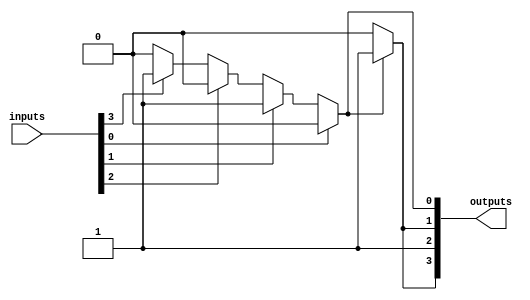
module priority_encoder_decoder (
    input [3:0] inputs,
    output [3:0] outputs
);

// Priority Encoder
assign outputs[0] = inputs[0] ? 1'b0 :
                     inputs[1] ? 1'b1 :
                     inputs[2] ? 1'b10 :
                     inputs[3] ? 1'b11 : 1'b0;
                     
// Decoder
assign outputs[1] = outputs[0] == 1'b1 || outputs[0] == 1'b11 ? 1'b1 : 1'b0;
assign outputs[2] = outputs[0] == 1'b10 || outputs[0] == 1'b11 ? 1'b1 : 1'b0;
assign outputs[3] = outputs[0] == 1'b11 ? 1'b1 : 1'b0;

endmodule